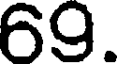
69.